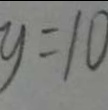
y = 1 0